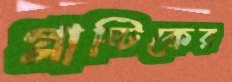
প্লাষ্টিকের